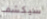
سيكشف